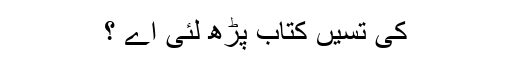
کی تسیں کتاب پڑھ لئی اے ؟